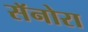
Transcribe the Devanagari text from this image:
सॅनोरा